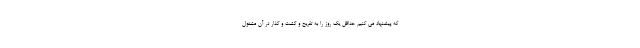
که پیشنهاد می کنیم حداقل یک روز را به تفریح و گشت و گذار در آن مشغول